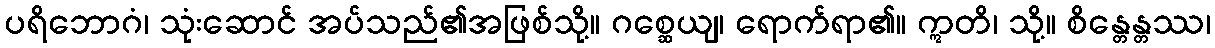
ပရိဘောဂံ၊ သုံးဆောင် အပ်သည်၏အဖြစ်သို့။ ဂစ္ဆေယျ၊ ရောက်ရာ၏။ ဣတိ၊ သို့။ စိန္တေန္တဿ၊